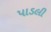
પાડલી